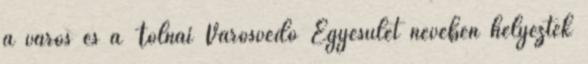
a város és a Tolnai Városvédő Egyesület nevében helyeztek